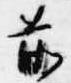
前